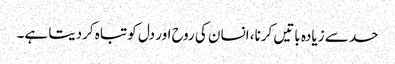
حد سے زیادہ باتیں کرنا، انسان کی روح اور دل کو تباہ کردیتا ہے۔